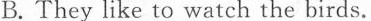
B. They like to watch the birds.